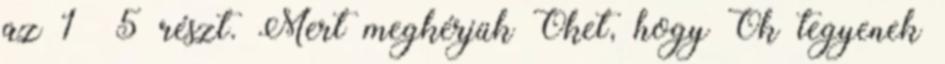
az 1 5 részt. Mert megkérjük Őket, hogy Ők tegyenek